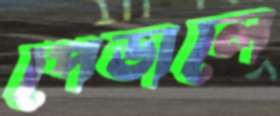
পেডালে